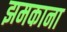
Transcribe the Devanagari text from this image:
झमकाना